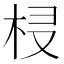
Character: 𣐔